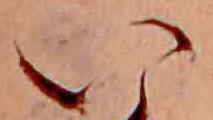
い